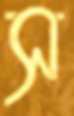
স